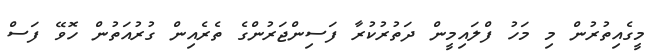
މީގެއިތުރުން މި މަހު ފްލައިމީން ދަތުރުކުރާ ފަސިންޖަރުންގެ ތެރެއިން ގުރުއަތުން ހޮވޭ ފަސް